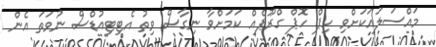
މައްސަލައަކަށްވި ހިޕް ހޮޕް ގްރޫޕެއް ކަމަށްވާ ނިގާސް ވިތު އެޓިޓިއުޑްސް ނުވަތަ އެން